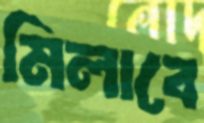
মিলাবে